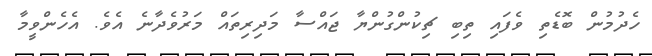
ހެދުމުން ބޮޑެތި ވެފައި ތިބި ޗިކުންގުންޔާ ޖައްސާ މަދިރިތައް މަރުވެދާނެ އެވެ. އެހެންވީމާ